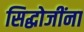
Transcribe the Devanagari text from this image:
सिद्धोजींना